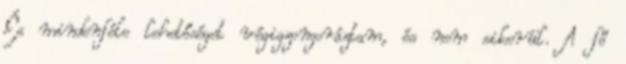
És mindenféle lehetőséget végigzongoráztam, és nem sikerül. A fő